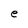
Character: e